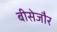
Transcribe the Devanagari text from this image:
बीसेजौर